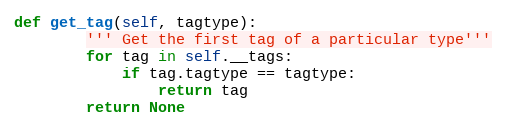
Language: Python
def get_tag(self, tagtype):
        ''' Get the first tag of a particular type'''
        for tag in self.__tags:
            if tag.tagtype == tagtype:
                return tag
        return None